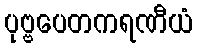
ပုဗ္ဗပေတကရဏီယံ